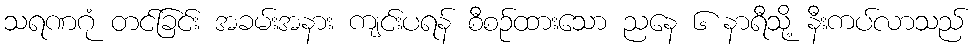
သရဏဂုံ တင်ခြင်း အခမ်းအနား ကျင်းပရန် စီစဉ်ထားသော ညနေ ၆ နာရီသို့ နီးကပ်လာသည်